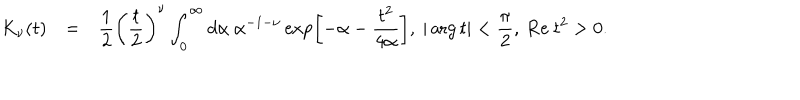
\begin{array} { r c l } { { K _ { \nu } ( t ) } } & { { = } } & { { \displaystyle \frac { 1 } { 2 } \left( \frac { t } { 2 } \right) ^ { \nu } \int _ { 0 } ^ { \infty } d \alpha ~ \alpha ^ { - 1 - \nu } \exp \left[ - \alpha - \frac { t ^ { 2 } } { 4 \alpha } \right] , ~ | \arg t | < \frac { \pi } { 2 } , ~ \mathrm { R e ~ } t ^ { 2 } > 0 . } } \\ \end{array}